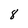
Character: 8